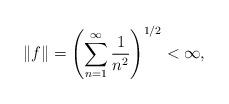
LaTeX: \begin{align*}\|f\| = \left(\sum_{n=1}^\infty \frac1{n^2}\right)^{1/2} < \infty,\end{align*}